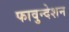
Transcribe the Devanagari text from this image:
फावुन्देशन